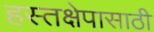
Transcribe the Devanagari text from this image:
हस्तक्षेपासाठी